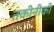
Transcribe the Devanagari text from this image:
तकीनीकी